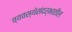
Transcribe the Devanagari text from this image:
व्यवस्थेसंदर्भातील